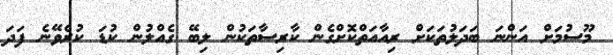
މޫސުމަށް އަންނަ ބަދަލުތަކަށް ރިއާއަތްކޮށްގެން ކާރިސާތަކުން ލިބޭ ގެއްލުން ކުޑަ ކުރެވޭނެ ފަދަ